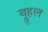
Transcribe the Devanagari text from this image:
ब्रुहल